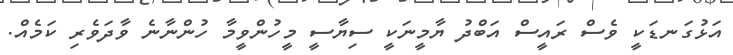
އަޅުގަނޑަކީ ވެސް ރައީސް އަބްދު ޔާމީނަކީ ސިޔާސީ މީހުންވީމާ ހުންނާނެ ވާދަވެރި ކަމެއް.